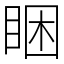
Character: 睏